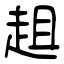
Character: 趄